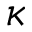
\kappa